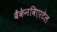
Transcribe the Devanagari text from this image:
बैंकेनविएरटेल